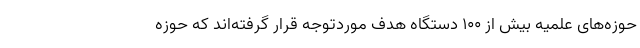
حوزه‌های علمیه بیش از ۱۰۰ دستگاه هدف موردتوجه قرار گرفته‌اند که حوزه